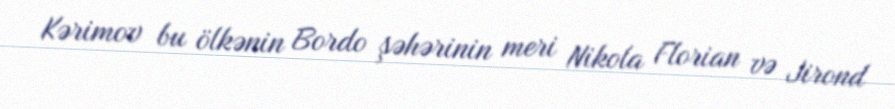
Kərimov bu ölkənin Bordo şəhərinin meri Nikola Florian və Jirond